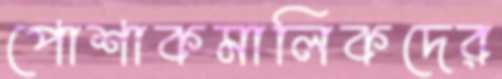
পোশাকমালিকদের